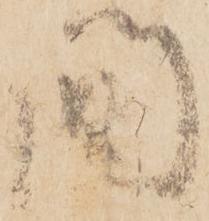
間